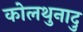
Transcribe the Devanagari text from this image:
कोलथुनादु